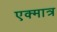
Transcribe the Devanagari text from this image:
एक्मात्र